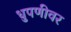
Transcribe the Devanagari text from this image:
धुपणीवर